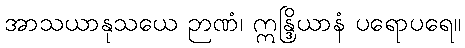
အာသယာနုသယေ ဉာဏံ၊ ဣန္ဒြိယာနံ ပရောပရေ။